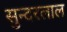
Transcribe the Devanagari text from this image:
सुन्‍दरलाल